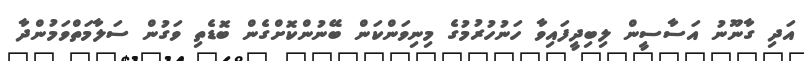
އަދި ގާނޫނު އަސާސީން ލިބިދީފައިވާ ހަނުހުރުމުގެ މިނިވަންކަން ބޭނުންކޮށްގެން ބޮޑެތި ވަގުން ސަލާމަތްވަމުންދާ